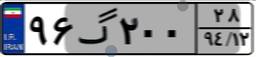
۹۶گ۲۰۰۲۸